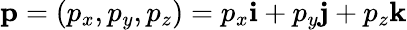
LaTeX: \mathbf{p}=(p_{x},p_{y},p_{z})=p_{x}\mathbf{i}+p_{y}\mathbf{j}+p_{z}\mathbf{k}